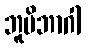
ဘူမိဘာဂါ